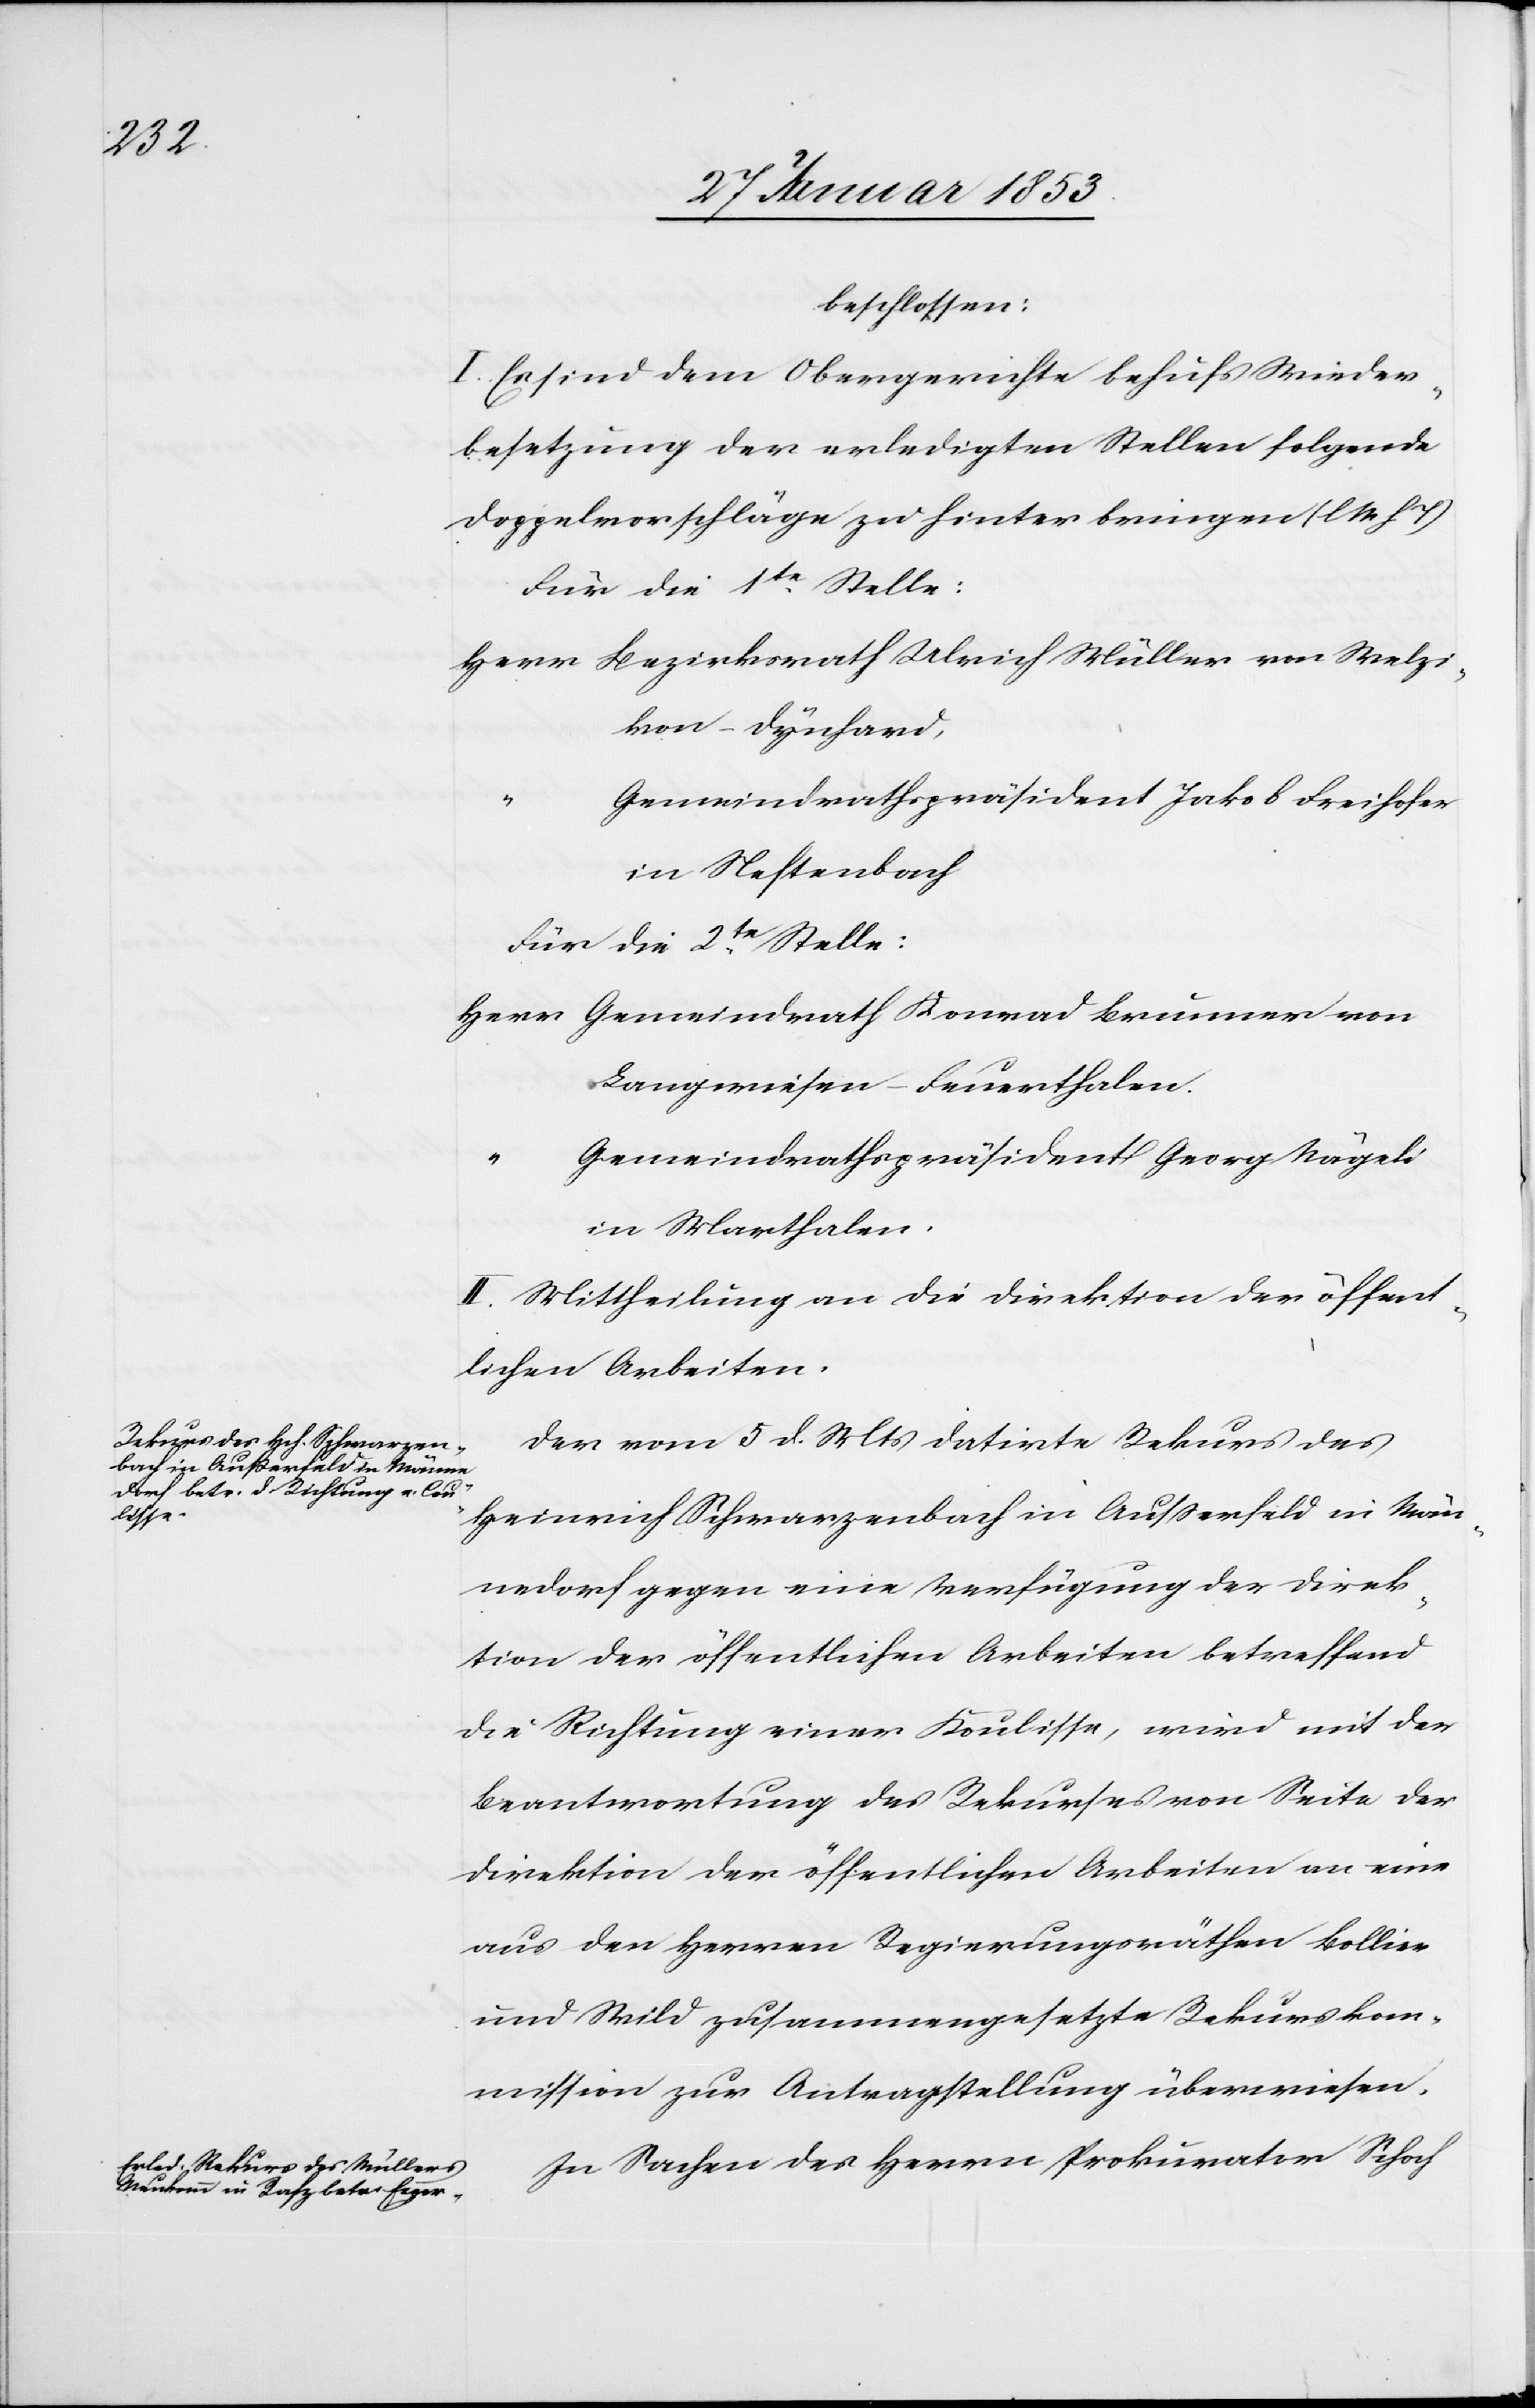
beschlossen:
I. Es sind dem Obergerichte behufs Wieder¬
besetzung der erledigten Stellen folgende
Doppelvorschläge zu hinterbringen [l. M. h. T]
Für die 1te. Stelle:
Herr	Bezirksrath Ulrich Müller von Melzi¬
kon-Dynhard,
emeindrathspräsident Jakob Freihofer
in Neftenbach
Für die 2te. Stelle:
Herr	Gemeindrath Konrad Brunner von
Langenwiesen-Feuerthalen.
emeindrathspräsident Georg Nägeli
“		G¬
in Marthalen.
II. Mittheilung an die Direktion der öffent¬
lichen Arbeiten.
Der vom 5 d. Mts. datirte Rekurs des
Heinrich Schwarzenbach in Außerfeld in Män¬
nedorf gegen eine Verfügung der Direk¬
tion der öffentlichen Arbeiten betreffend
die Richtung einer Koulisse, wird mit der
Beantwortung des Rekurses von Seite der
Direktion der öffentlichen Arbeiten an eine
aus den Herren Regierungsräthen Bollier
und Wild zusammengesetzte Rekurskom¬
mission zur Antragstellung überwiesen.
In Sachen des Herrn Prokurator Schoch